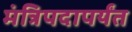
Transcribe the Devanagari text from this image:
मंत्रिपदापर्यंत